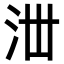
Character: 𣳘